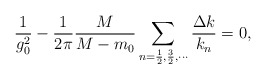
\begin{align*}\frac{1}{g_0^2}-\frac{1}{2\pi}\frac{M}{M-m_0}\sum_{n=\frac12, \frac32,\cdots}\frac{\Delta k}{k_n}=0,\end{align*}